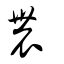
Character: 䢉